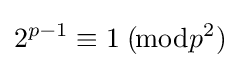
2^{p-1}\equiv 1\;(\!{\bmod {p^{2}}})